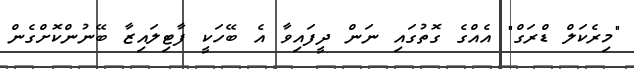
"މިރެކަލް ޑްރަގް" އެއްގެ ގޮތުގައި ނަން ދީފައިވާ އެ ބޭހަކީ ފާޓިލައިޒާ ބޭނުންކޮށްގެން